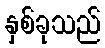
နှစ်ခုသည်